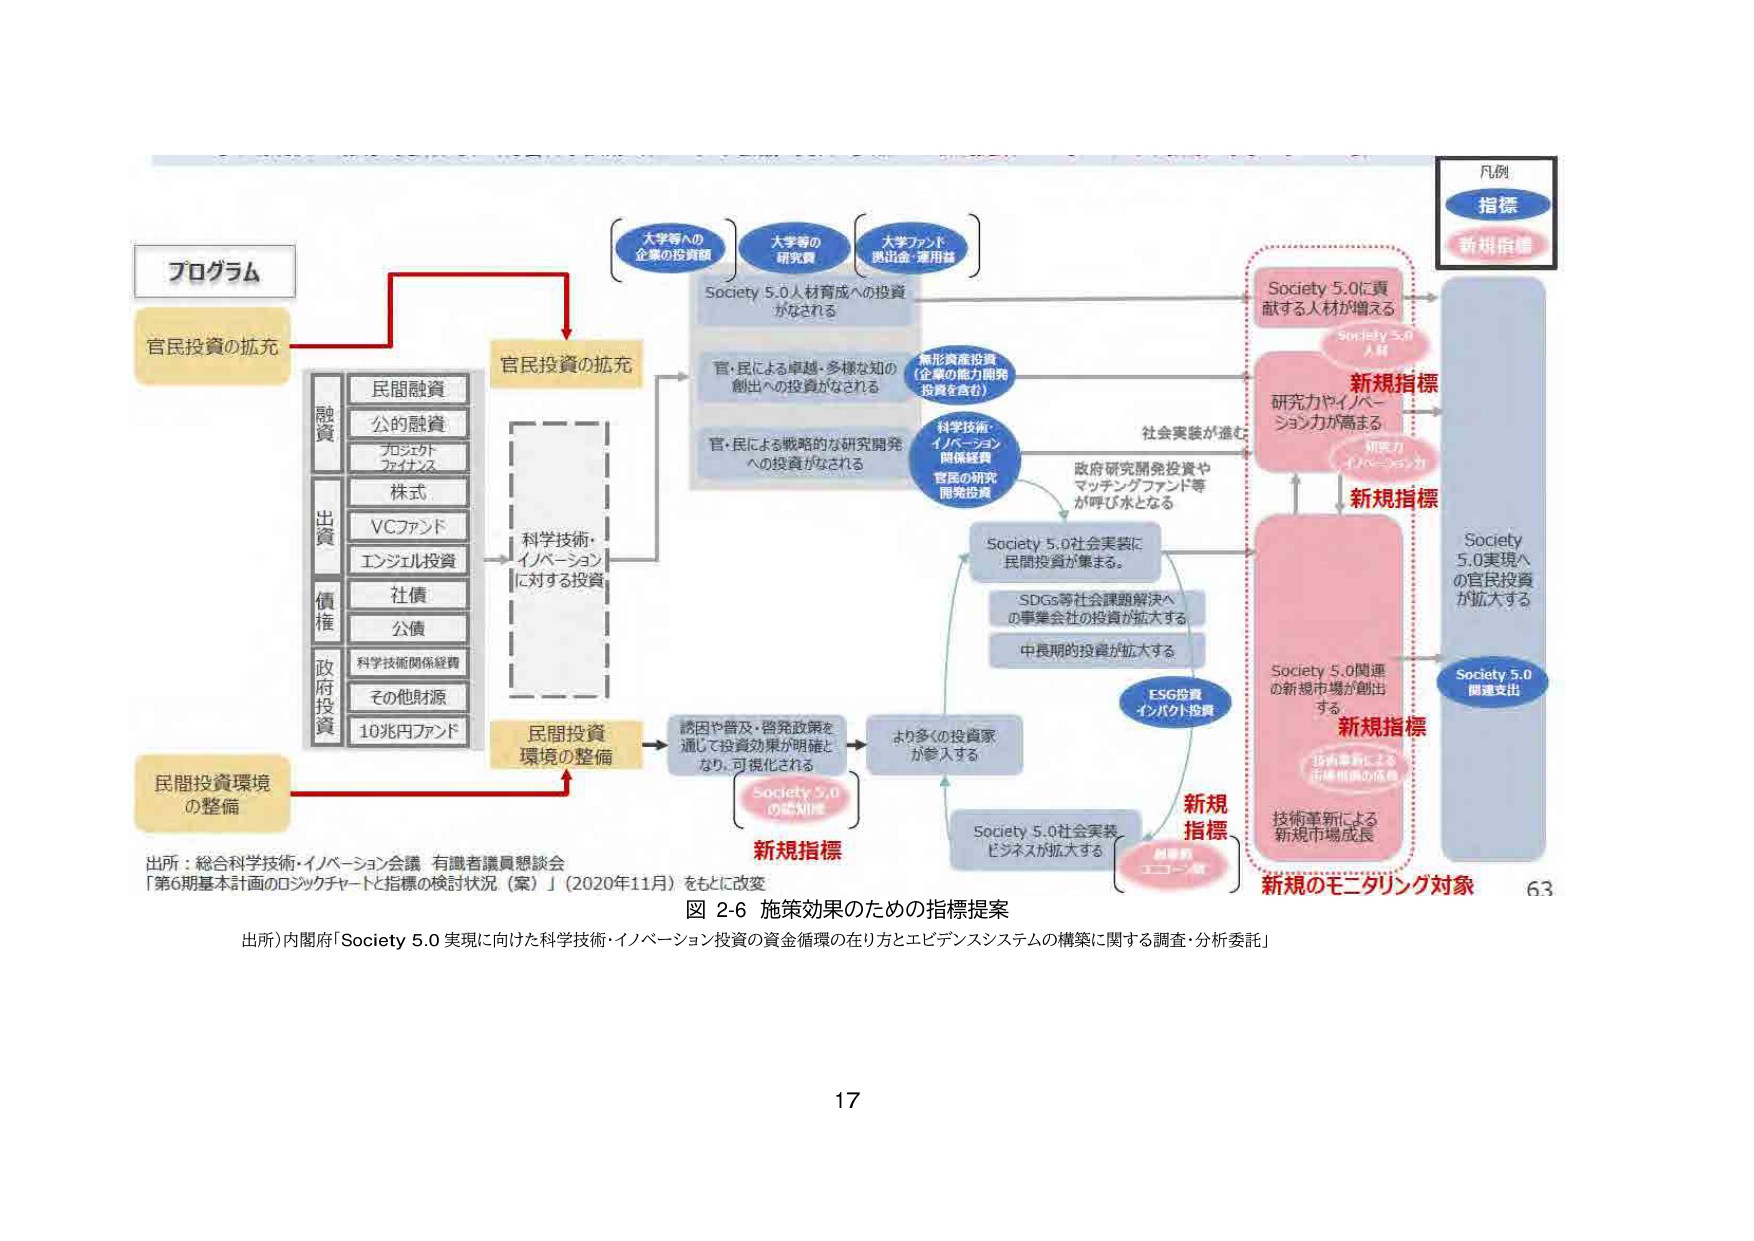
プログラム
官民投資の拡充
融資
民間融資
公的融資
プロジェクトファイナンス
出資
株式
VCファンド
エンジェル投資
債権
社債
公債
政府投資
科学技術関係経費
その他財源
10兆円ファンド
民間投資環境の整備
科学技術・イノベーションに対する投資
官民投資の拡充
大学等への企業の投資額
大学等の研究費
大学ファンド拠出金・運用益
Society 5.0人材育成への投資がなされる
官・民による卓越・多様な知の創出への投資がなされる
無形資産投資（企業の能力開発投資を含む）
官・民による戦略的な研究開発への投資がなされる
科学技術・イノベーション関係経費
官民の研究開発投資
政府研究開発投資やマッチングファンド等が呼び水となる
社会実装が進む
Society 5.0社会実装に民間投資が集まる
SDGs等社会課題解決への事業会社の投資が拡大する
中長期的投資が拡大する
ESG投資・インパクト投資
誘因や普及・啓発政策を通じて投資効果が明確となり、可視化される
より多くの投資家が参入する
Society 5.0社会実装ビジネスが拡大する
Society 5.0に貢献する人材が増える
Society 5.0人材
新規指標
研究力やイノベーション力が高まる
研究力イノベーション力
新規指標
Society 5.0実現への官民投資が拡大する
Society 5.0関連支出
Society 5.0関連の新規市場が創出する
新規指標
技術革新による新規市場成長
技術革新による市場規模の成長
新規指標
新規のモニタリング対象
凡例
指標
新規指標
出所：総合科学技術・イノベーション会議 有識者議員懇談会
「第6期基本計画のロジックチャートと指標の検討状況（案）」（2020年11月）をもとに改変
図 2-6 施策効果のための指標提案
出所）内閣府「Society 5.0 実現に向けた科学技術・イノベーション投資の資金循環の在り方とエビデンスシステムの構築に関する調査・分析委託」
63
17